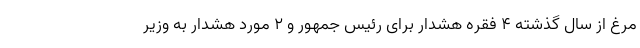
مرغ از سال گذشته ۴ فقره هشدار برای رئیس جمهور و ۲ مورد هشدار به وزیر